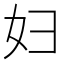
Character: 妇